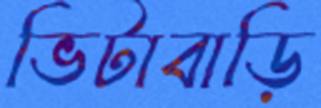
ভিটাবাড়ি